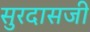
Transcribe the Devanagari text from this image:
सुरदासजी